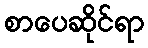
စာပေဆိုင်ရာ